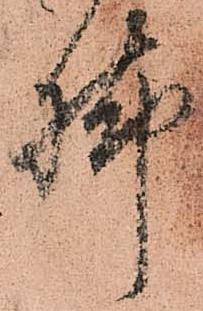
脚